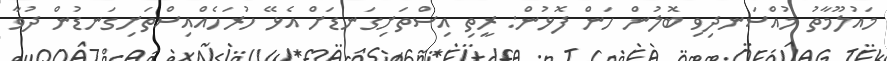
މައުލޫމާތު މުއްސަނދިވި ބޮލުން ހަން ފޮޅުން: ރީތި އިސްތަށިގަނޑަށް އެޅޭ ހުރަހެއްއިސްތަށިގަނޑުން ދުވާ